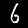
Label: 6